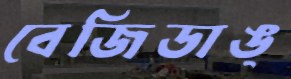
বেজিডাঙ্